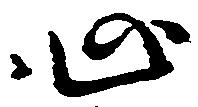
心